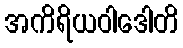
အကိရိယဝါဒေါတိ